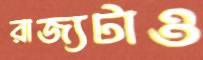
রাজ্যটাও